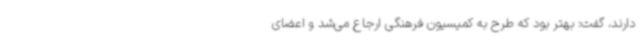
دارند، گفت: بهتر بود که طرح به کمیسیون فرهنگی ارجاع می‌شد و اعضای